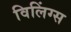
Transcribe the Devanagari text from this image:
विलिंग्स